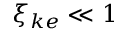
\xi _ { k e } \ll 1